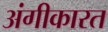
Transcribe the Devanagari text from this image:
अंगीकारत